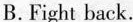
B. Fight back.